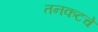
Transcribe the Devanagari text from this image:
तनकटचे